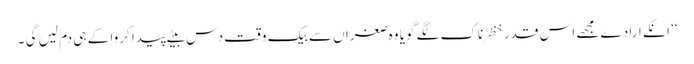
‘‘ انکے ارادے مجھے اس قدر خظرناک لگے گویا وہ صغراں سے بیک وقت دس بیٹے پیدا کروا کے ہی دم لیں گی ۔